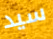
سيد